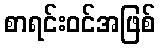
စာရင်းဝင်အဖြစ်